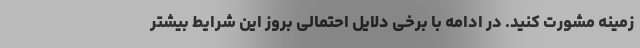
زمینه مشورت کنید. در ادامه با برخی دلایل احتمالی بروز این شرایط بیشتر